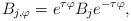
LaTeX: \begin{align*} B_{j,\varphi} = e^{\tau \varphi} B_j e^{-\tau \varphi},\end{align*}